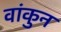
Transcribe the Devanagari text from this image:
वांकुन